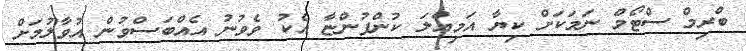
ބްރިމް ސްޓޯމް ނަމަކަށް ކިޔާ އަމިއްލަ ކުންފުންޏާ އެކު ވެވުނު އެއްބަސްވުން އުވާލުމަށް